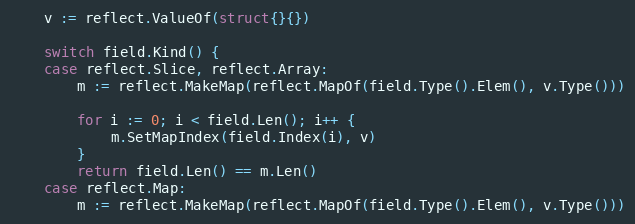
Language: Go
	v := reflect.ValueOf(struct{}{})

	switch field.Kind() {
	case reflect.Slice, reflect.Array:
		m := reflect.MakeMap(reflect.MapOf(field.Type().Elem(), v.Type()))

		for i := 0; i < field.Len(); i++ {
			m.SetMapIndex(field.Index(i), v)
		}
		return field.Len() == m.Len()
	case reflect.Map:
		m := reflect.MakeMap(reflect.MapOf(field.Type().Elem(), v.Type()))